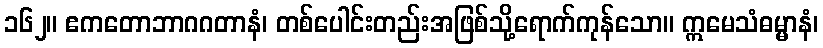
၁၆၂။ ဧကတောဘာဂဂတာနံ၊ တစ်ပေါင်းတည်းအဖြစ်သို့ရောက်ကုန်သော။ ဣမေသံဓမ္မာနံ၊